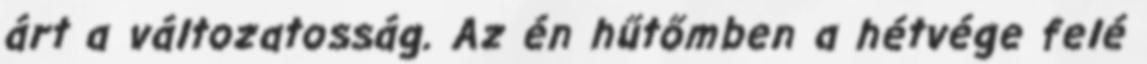
árt a változatosság. Az én hűtőmben a hétvége felé